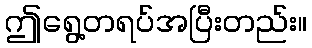
ဤရွေ့တရပ်အပြီးတည်း။